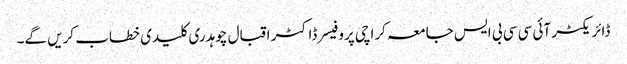
ڈائریکٹر آئی سی سی بی ایس جامعہ کراچی پروفیسر ڈاکٹر اقبال چوہدری کلیدی خطاب کریں گے۔